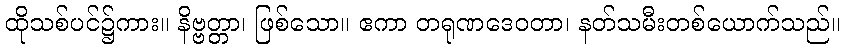
ထိုသစ်ပင်၌ကား။ နိဗ္ဗတ္တာ၊ ဖြစ်သော။ ဧကာ တရုဏဒေဝတာ၊ နတ်သမီးတစ်ယောက်သည်။